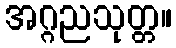
အဂ္ဂညသုတ္တ။